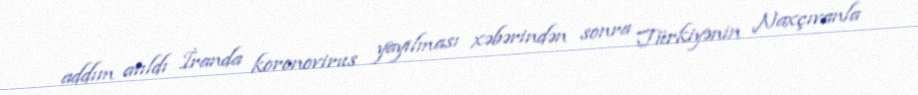
addım atıldı İranda koronovirus yayılması xəbərindən sonra Türkiyənin Naxçıvanla